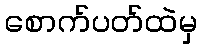
စောက်ပတ်ထဲမှ